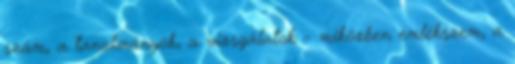
szám, a tanulmányok, a vizsgálatok – miközben emlékszem, a